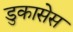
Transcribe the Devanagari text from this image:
डुकासेस